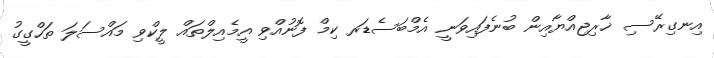
އިނގިރޭސި ޚާރިޖިއްޔާއިން ބުނެފައިވަނީ އެމްބަސެޑަރ ކިމް ފޮނުއްވި އީމެއިލްތައް ލީކްވި މައްސަލަ ތަހްގީގު